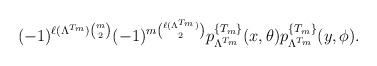
LaTeX: \begin{align*}(-1)^{\ell(\Lambda^{T_m})\binom{m}{2}} (-1)^{m\binom{\ell(\Lambda^{T_m})}{2}}p_{\Lambda^{T_m}}^{\{ T_m \}}(x,\theta) p_{\Lambda^{T_m}}^{\{ T_m \}}(y,\phi).\end{align*}